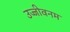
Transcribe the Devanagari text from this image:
उज्जीवनम